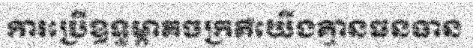
ការប្រើឧទ្ធម្ភាគចក្រគឺយើងគ្មានធនធាន